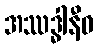
အဿဒ္ဓါနီဓ